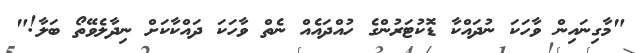
"މާގިނައިން ވާހަކަ ނުދައްކާ ޑޮކުޓަރުންގެ ހުއްދައެއް ނެތް ވާހަކަ ދައްކާކަށް ނިދާލެވޭތޯ ބަލާ!"